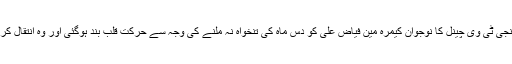
ایک نجی ٹی وی چینل کا نوجوان کیمرہ مین فیاض علی کو دس ماہ کی تنخواہ نہ ملنے کی وجہ سے حرکت قلب بند ہوگئی اور وہ انتقال کرگئے۔